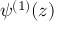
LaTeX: \psi ^ { ( 1 ) } ( z )